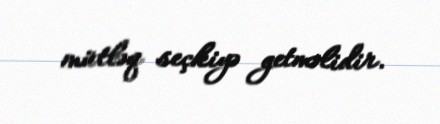
mütləq seçkiyə getməlidir.